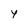
Character: y